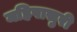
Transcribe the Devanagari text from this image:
महिषासुरी